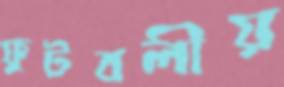
ফুটবলীয়